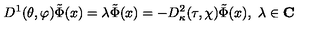
D ^ { 1 } ( \theta , \varphi ) \tilde { \Phi } ( x ) = \lambda \tilde { \Phi } ( x ) = - D _ { \kappa } ^ { 2 } ( \tau , \chi ) \tilde { \Phi } ( x ) , \ \lambda \in \mathbf { C }